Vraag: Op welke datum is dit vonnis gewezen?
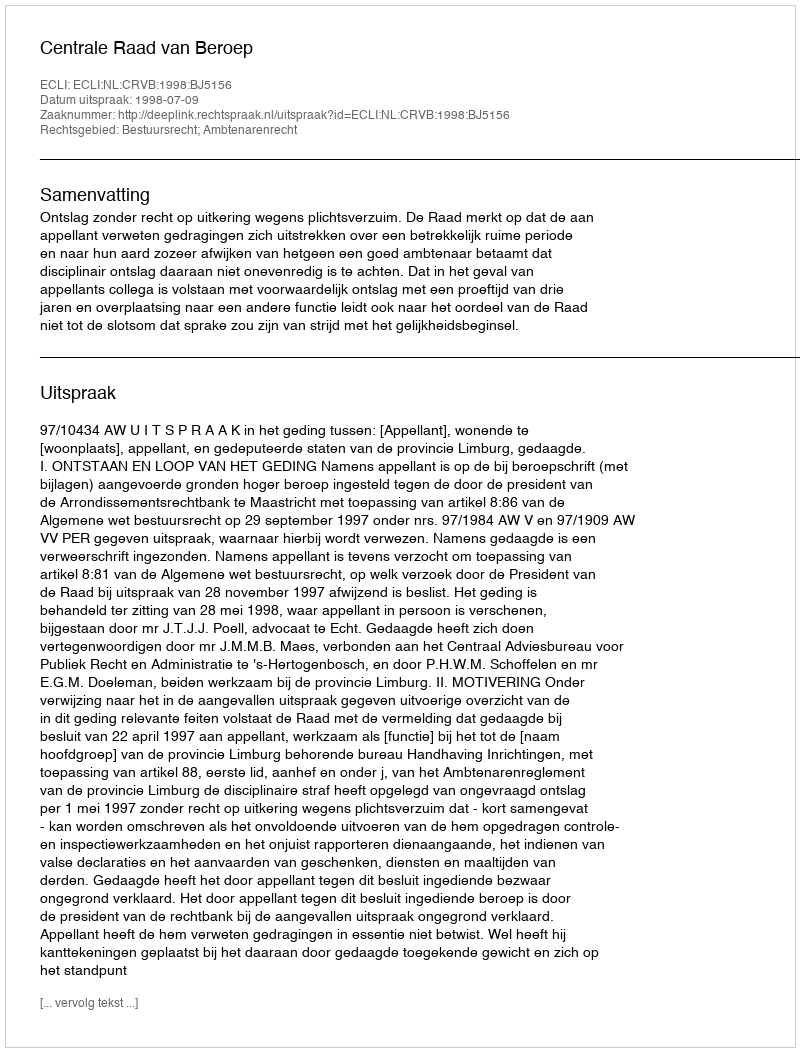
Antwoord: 1998-07-09